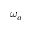
\omega _ { a }